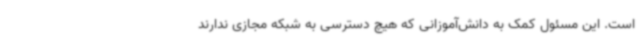
است. این مسئول کمک به دانش‌آموزانی که هیچ دسترسی به شبکه مجازی ندارند